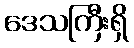
ဒေသကြီးရှိ